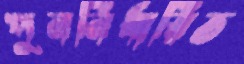
পুনর্নির্ধারিত